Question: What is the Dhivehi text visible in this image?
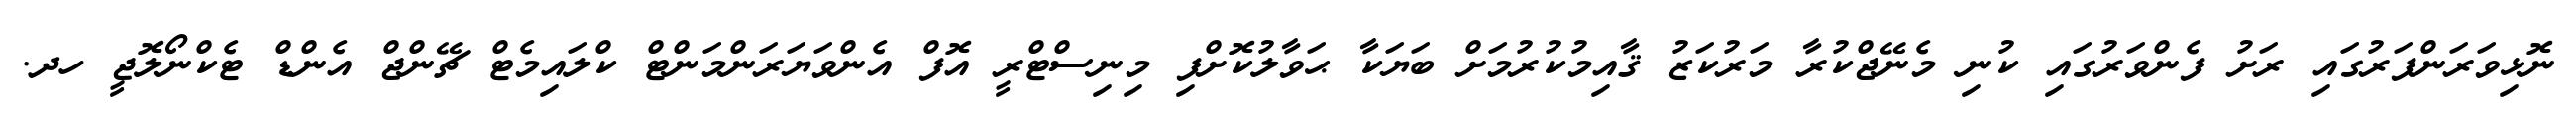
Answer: ނޮޅިވަރަންފަރުގައި ރަށު ފެންވަރުގައި ކުނި މެނޭޖްކުރާ މަރުކަޒު ޤާއިމުކުރުމަށް ބަޔަކާ ޙަވާލުކޮށްފި މިނިސްޓްރީ އޮފް އެންވަޔަރަންމަންޓް ކްލައިމެޓް ޗޭންޖް އެންޑް ޓެކްނޯލޮޖީ ހދ.